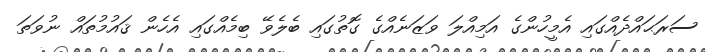
ސަރަޙައްދެއްގައި އެމީހުންގެ އަމިއްލަ ވަޒަނެއްގެ ގޮތުގައި ބެލެވޭ ބިމެއްގައި އެހެން ޤައުމުތައް ނުވަތަ